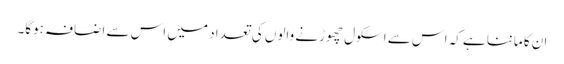
ان کا ماننا ہے کہ اس سے اسکول چھوڑنے والوں کی تعداد میں اس سے اضافہ ہوگا۔